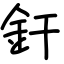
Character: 釬